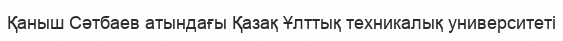
Қаныш Сәтбаев атындағы Қазақ Ұлттық техникалық университеті